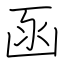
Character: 函